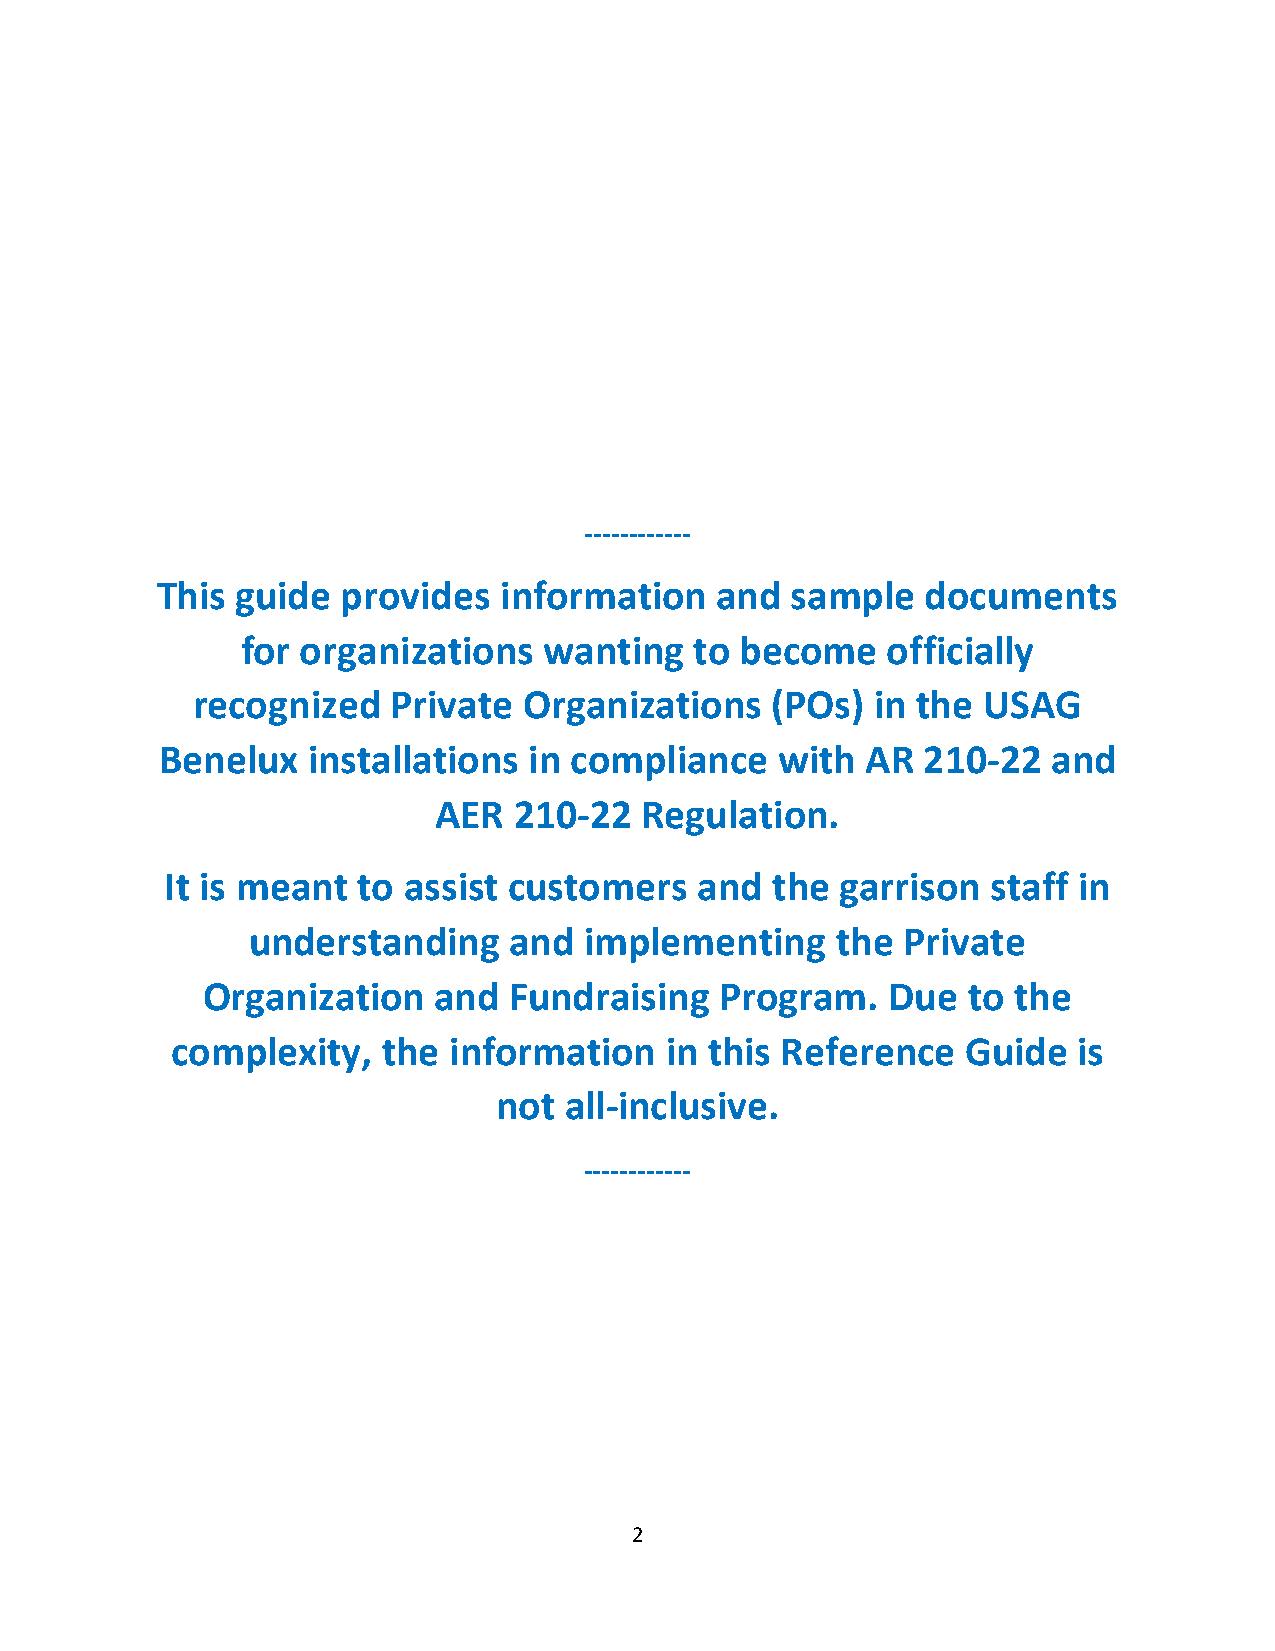
------------
 This  guide  provides  information   and  sample   documents
 for organizations   wanting   to become    officially
 recognized   Private  Organizations   (POs)  in the USAG
 Benelux   installations  in compliance   with  AR  210-22   and
 AER  210-22  Regulation.
 It is meant  to assist customers   and  the  garrison  staff in
 understanding     and  implementing    the  Private
 Organization    and  Fundraising   Program.   Due  to the
 complexity,   the  information   in this Reference   Guide  is
 not all-inclusive.
 ------------
 2